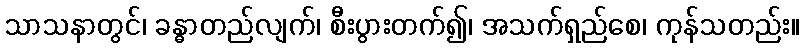
သာသနာတွင်၊ ခန္ဓာတည်လျက်၊ စီးပွားတက်၍၊ အသက်ရှည်စေ၊ ကုန်သတည်း။